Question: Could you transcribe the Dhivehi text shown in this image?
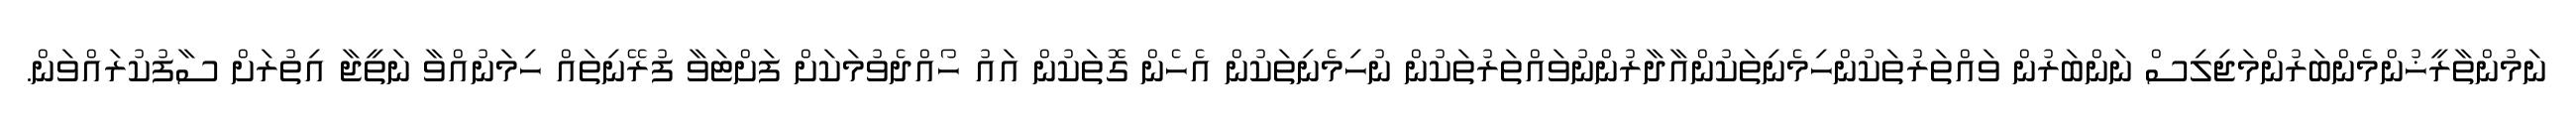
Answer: ނަމުންތާރީޚުންމެންބަރުންމަޖިލިސް ނަންބަރުން ވައްތަރުތަކުންހިމެނިތަކުންއާދާރުންނުވައްތަރުތަކުން ނުހިމެނިތަކުން އެހެން ގޮތަކުން އައު ހޯއްދެވުމަކަށް ފަށްޓަވާ ފުރޭނިތައް ހިމަނުއްވާ ނަތީޖާ އިތުރަށް ސާފުކުރައްވަން.